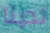
لدينا